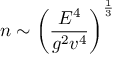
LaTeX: n \sim \left( \frac { E ^ { 4 } } { g ^ { 2 } v ^ { 4 } } \right) ^ { \frac { 1 } { 3 } }